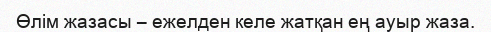
Өлім жазасы – ежелден келе жатқан ең ауыр жаза.